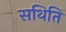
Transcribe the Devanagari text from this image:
सथिति